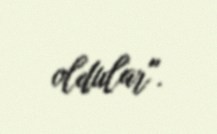
oldular".